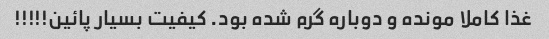
غذا کاملا مونده و دوباره گرم شده بود. کیفیت بسیار پائین!!!!!